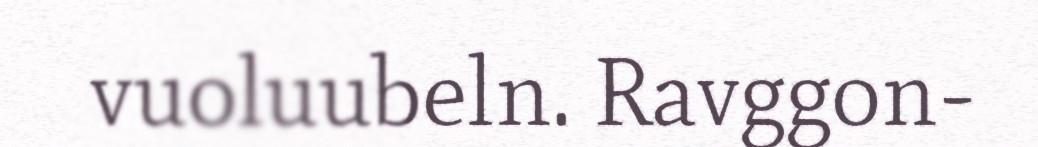
vuoluubeln. Ravggon-